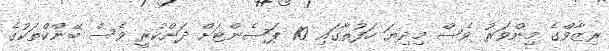
ރިޒާވްގެ މިންވަރު ވެސް މިދިޔަ ހަފުތާގައި 10 ޕަސެންޓަށް ދަށްކުރީ ވެސް ބޭންކްތަކުގެ